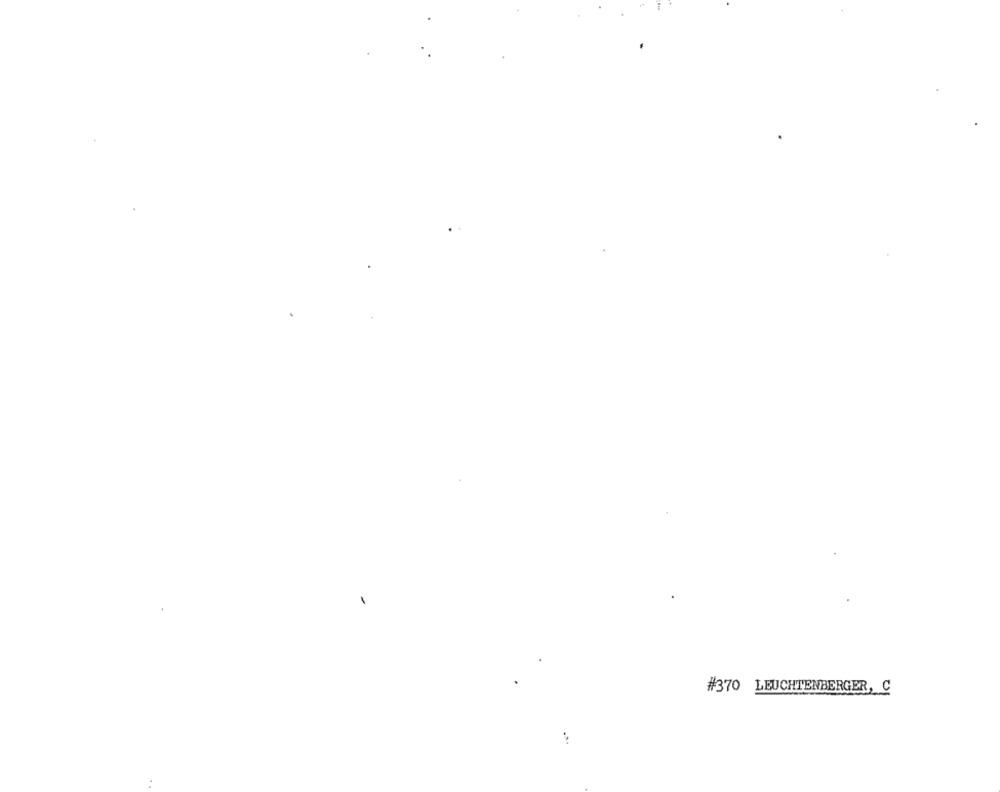
#370 LEUCHTENBERGER, C
...